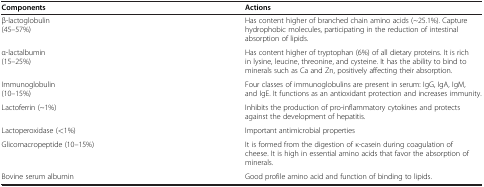
| Components | Actions |
 | --- | --- |
 | β-lactoglobulin (45–57%) | Has content higher of branched chain amino acids (~25.1%). Capture hydrophobic molecules, participating in the reduction of intestinal absorption of lipids. |
 | α-lactalbumin (15–25%) | Has content higher of tryptophan (6%) of all dietary proteins. It is rich in lysine, leucine, threonine, and cysteine. It has the ability to bind to minerals such as Ca and Zn, positively affecting their absorption. |
 | Immunoglobulin (10–15%) | Four classes of immunoglobulins are present in serum: IgG, IgA, IgM, and IgE. It functions as an antioxidant protection and increases immunity. |
 | Lactoferrin (~1%) | Inhibits the production of pro-inflammatory cytokines and protects against the development of hepatitis. |
 | Lactoperoxidase (<1%) | Important antimicrobial properties |
 | Glicomacropeptide (10–15%) | It is formed from the digestion of κ-casein during coagulation of cheese. It is high in essential amino acids that favor the absorption of minerals. |
 | Bovine serum albumin | Good profile amino acid and function of binding to lipids. |